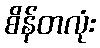
စိန်တလုံး